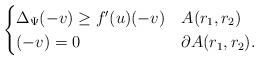
LaTeX: \begin{align*}\begin{cases} \Delta_\Psi (-v) \geq f'(u) (-v) & A(r_{1},r_{2})\\ (-v) = 0 & \partial A(r_{1},r_{2}).\end{cases}\end{align*}